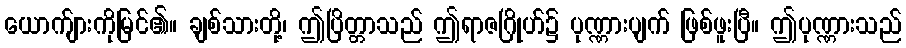
ယောက်ျားကိုမြင်၏။ ချစ်သားတို့၊ ဤပြိတ္တာသည် ဤရာဇဂြိုဟ်၌ ပုဏ္ဏားပျက် ဖြစ်ဖူးပြီ။ ဤပုဏ္ဏားသည်